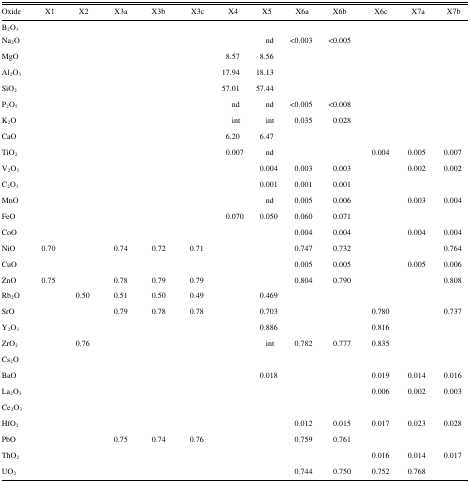
<table><thead><tr><td><b>Oxide</b></td><td><b>X1</b></td><td><b>X2</b></td><td><b>X3a</b></td><td><b>X3b</b></td><td><b>X3c</b></td><td><b>X4</b></td><td><b>X5</b></td><td><b>X6a</b></td><td><b>X6b</b></td><td><b>X6c</b></td><td><b>X7a</b></td><td><b>X7b</b></td></tr></thead><tbody><tr><td>B<sub>2</sub>O<sub>3</sub></td><td></td><td></td><td></td><td></td><td></td><td></td><td></td><td></td><td></td><td></td><td></td><td></td></tr><tr><td>Na<sub>2</sub>O</td><td></td><td></td><td></td><td></td><td></td><td></td><td>nd </td><td>&lt;0.003</td><td>&lt;0.005</td><td></td><td></td><td></td></tr><tr><td>MgO</td><td></td><td></td><td></td><td></td><td></td><td>8.57</td><td>8.56 </td><td></td><td></td><td></td><td></td><td></td></tr><tr><td>Al<sub>2</sub>O<sub>3</sub></td><td></td><td></td><td></td><td></td><td></td><td>17.94</td><td>18.13 </td><td></td><td></td><td></td><td></td><td></td></tr><tr><td>SiO<sub>2</sub></td><td></td><td></td><td></td><td></td><td></td><td>57.01</td><td>57.44 </td><td></td><td></td><td></td><td></td><td></td></tr><tr><td>P<sub>2</sub>O<sub>5</sub></td><td></td><td></td><td></td><td></td><td></td><td>nd</td><td>nd </td><td>&lt;0.005</td><td>&lt;0.008</td><td></td><td></td><td></td></tr><tr><td>K<sub>2</sub>O</td><td></td><td></td><td></td><td></td><td></td><td>int</td><td>int </td><td>0.035</td><td>0.028</td><td></td><td></td><td></td></tr><tr><td>CaO</td><td></td><td></td><td></td><td></td><td></td><td>6.20</td><td>6.47 </td><td></td><td></td><td></td><td></td><td></td></tr><tr><td>TiO<sub>2</sub></td><td></td><td></td><td></td><td></td><td></td><td>0.007</td><td>nd </td><td></td><td></td><td>0.004</td><td>0.005</td><td>0.007</td></tr><tr><td>V<sub>2</sub>O<sub>3</sub></td><td></td><td></td><td></td><td></td><td></td><td></td><td>0.004</td><td>0.003</td><td>0.003</td><td></td><td>0.002</td><td>0.002</td></tr><tr><td>C<sub>2</sub>O<sub>3</sub></td><td></td><td></td><td></td><td></td><td></td><td></td><td>0.001</td><td>0.001</td><td>0.001</td><td></td><td></td><td></td></tr><tr><td>MnO</td><td></td><td></td><td></td><td></td><td></td><td></td><td>nd</td><td>0.005</td><td>0.006</td><td></td><td>0.003</td><td>0.004</td></tr><tr><td>FeO</td><td></td><td></td><td></td><td></td><td></td><td>0.070</td><td>0.050</td><td>0.060</td><td>0.071</td><td></td><td></td><td></td></tr><tr><td>CoO</td><td></td><td></td><td></td><td></td><td></td><td></td><td></td><td>0.004</td><td>0.004</td><td></td><td>0.004</td><td>0.004</td></tr><tr><td>NiO</td><td>0.70</td><td></td><td>0.74</td><td>0.72</td><td>0.71</td><td></td><td></td><td>0.747</td><td>0.732</td><td></td><td></td><td>0.764</td></tr><tr><td>CuO</td><td></td><td></td><td></td><td></td><td></td><td></td><td></td><td>0.005</td><td>0.005</td><td></td><td>0.005</td><td>0.006</td></tr><tr><td>ZnO</td><td>0.75</td><td></td><td>0.78</td><td>0.79</td><td>0.79</td><td></td><td></td><td>0.804</td><td>0.790</td><td></td><td></td><td>0.808</td></tr><tr><td>Rb<sub>2</sub>O</td><td></td><td>0.50</td><td>0.51</td><td>0.50</td><td>0.49</td><td></td><td>0.469</td><td></td><td></td><td></td><td></td><td></td></tr><tr><td>SrO</td><td></td><td></td><td>0.79</td><td>0.78</td><td>0.78</td><td></td><td>0.703</td><td></td><td></td><td>0.780</td><td></td><td>0.737</td></tr><tr><td>Y<sub>2</sub>O<sub>3</sub></td><td></td><td></td><td></td><td></td><td></td><td></td><td>0.886</td><td></td><td></td><td>0.816</td><td></td><td></td></tr><tr><td>ZrO<sub>2</sub></td><td></td><td>0.76</td><td></td><td></td><td></td><td></td><td>int</td><td>0.782</td><td>0.777</td><td>0.835</td><td></td><td></td></tr><tr><td>Cs<sub>2</sub>O</td><td></td><td></td><td></td><td></td><td></td><td></td><td></td><td></td><td></td><td></td><td></td><td></td></tr><tr><td>BaO</td><td></td><td></td><td></td><td></td><td></td><td></td><td>0.018</td><td></td><td></td><td>0.019</td><td>0.014</td><td>0.016</td></tr><tr><td>La<sub>2</sub>O<sub>3</sub></td><td></td><td></td><td></td><td></td><td></td><td></td><td></td><td></td><td></td><td>0.006</td><td>0.002</td><td>0.003</td></tr><tr><td>Ce<sub>2</sub>O<sub>3</sub></td><td></td><td></td><td></td><td></td><td></td><td></td><td></td><td></td><td></td><td></td><td></td><td></td></tr><tr><td>HfO<sub>2</sub></td><td></td><td></td><td></td><td></td><td></td><td></td><td></td><td>0.012</td><td>0.015</td><td>0.017</td><td>0.023</td><td>0.028</td></tr><tr><td>PbO</td><td></td><td></td><td>0.75</td><td>0.74</td><td>0.76</td><td></td><td></td><td>0.759</td><td>0.761</td><td></td><td></td><td></td></tr><tr><td>ThO<sub>2</sub></td><td></td><td></td><td></td><td></td><td></td><td></td><td></td><td></td><td></td><td>0.016</td><td>0.014</td><td>0.017</td></tr><tr><td>UO<sub>2</sub></td><td></td><td></td><td></td><td></td><td></td><td></td><td></td><td>0.744</td><td>0.750</td><td>0.752</td><td>0.768</td><td></td></tr></tbody></table>